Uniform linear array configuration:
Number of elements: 12
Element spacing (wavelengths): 0.5
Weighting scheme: cosine
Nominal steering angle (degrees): -45
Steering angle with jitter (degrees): -43.092
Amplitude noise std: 0.05
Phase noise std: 0.05

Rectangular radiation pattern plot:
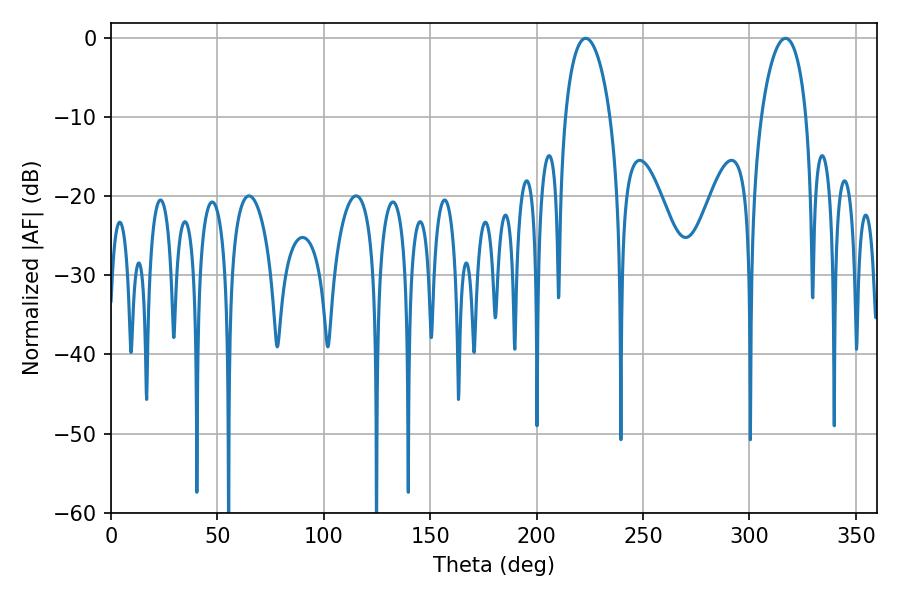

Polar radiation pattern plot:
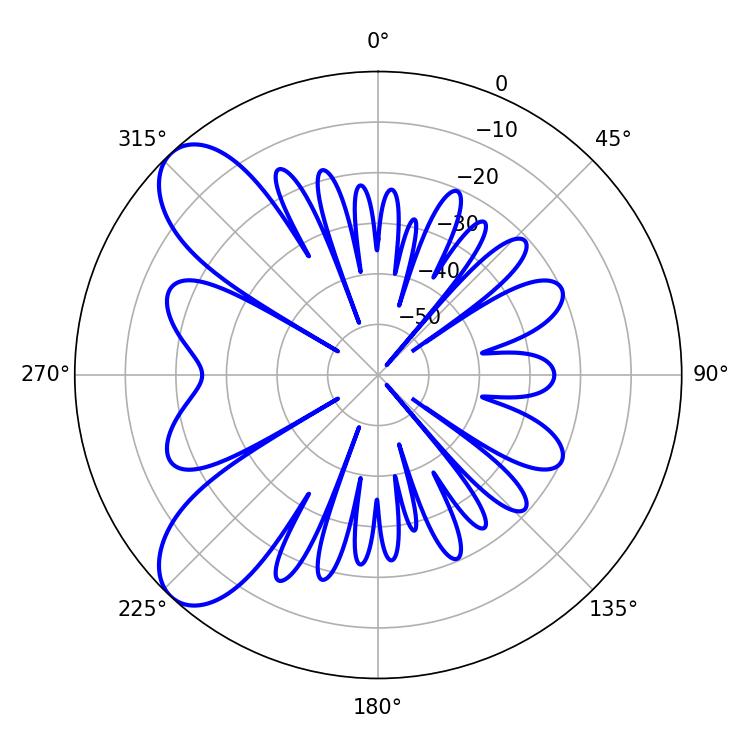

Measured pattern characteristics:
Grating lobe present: FALSE
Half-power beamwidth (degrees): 12.06
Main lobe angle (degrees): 316.98